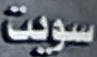
سویت